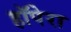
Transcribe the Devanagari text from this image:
हॉपेरा